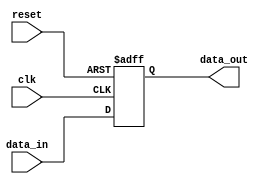
module async_reset_example (
    input wire clk,          // Clock signal
    input wire reset,        // Asynchronous reset signal
    input wire [7:0] data_in, // Example input signal
    output reg [7:0] data_out // Example output signal
);

// Asynchronous reset and clock behavior
always @(posedge clk or posedge reset) begin
    if (reset) begin
        // Set output to predefined reset state
        data_out <= 8'b0; // Reset state (can be changed as needed)
    end else begin
        // Normal operation on clock edge
        data_out <= data_in; // Example operation: pass input to output
    end
end

endmodule